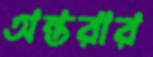
অন্তরার